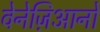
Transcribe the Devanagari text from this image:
वेनेज़िआनो